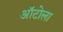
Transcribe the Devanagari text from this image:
ऑटोला